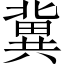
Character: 冀